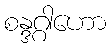
စန္ဒဂ္ဂါဟော